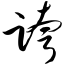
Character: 跨